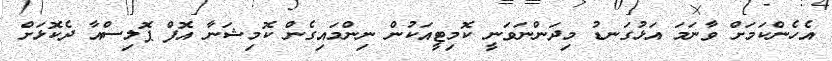
އެހެންކަމަށް ވާނަމަ އަޅުގަނޑު މިދަންނަވަނީ ކޮމިޓީއަކުން ނިންމައިގެން ކޮމިޝަނާ އޮފް ޕޮލިސްއާ ދެކޮޅަށް